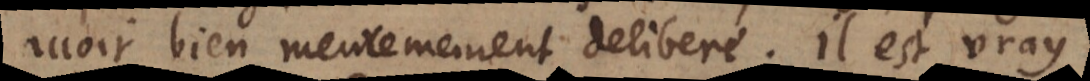
avoir bien meurement deliberé. Il est [NOT